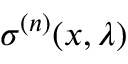
\boldsymbol { \sigma } ^ { ( n ) } ( x , \lambda )